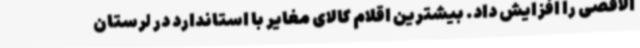
الاقصی را افزایش داد. بیشترین اقلام کالای مغایر با استاندارد در لرستان